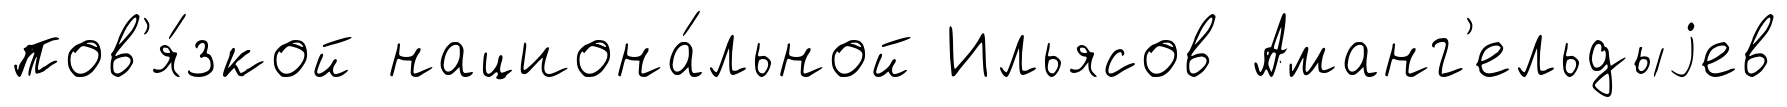
пов'я́зкой национа́льной Ильясов Аманг'ельдыjев